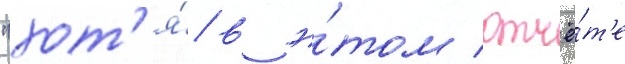
"хот'я́ в э́том отчё́т'е